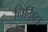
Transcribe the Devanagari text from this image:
निर्दिष्टा